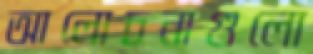
আলোচনাগুলো